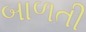
બાળતી